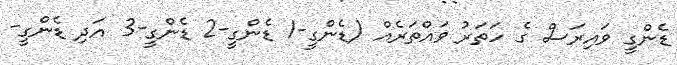
ޑެންގީ ވައިރަސް ގެ ހަތަރު ވައްތަރެއް (ޑެންގީ-1 ޑެންގީ-2 ޑެންގީ-3 އަދި ޑެންގީ-